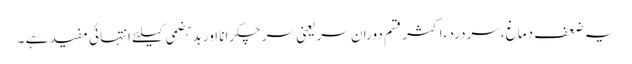
یہ ضعف دماغ ،سردرد ،اکثر قسم دوران سر یعنی سر چکرانا اور بدہضمی کیلئے انتہائی مفید ہے ۔